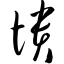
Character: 愦